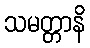
သမတ္တာနိ